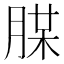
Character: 𦜪